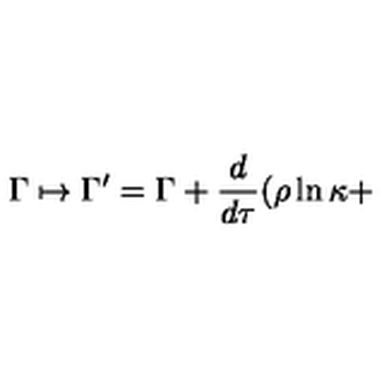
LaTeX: \Gamma \mapsto \Gamma ^ { \prime } = \Gamma + \frac { d } { d \tau } ( \rho \ln \kappa +